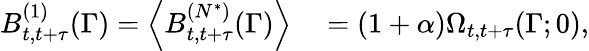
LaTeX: \begin{array}{rl}{B_{t,t+\tau}^{(1)}(\Gamma)=\left<B_{t,t+\tau}^{(N^{*})}(\Gamma)\right>}&{{}=(1+\alpha)\Omega_{t,t+\tau}(\Gamma;0),}\end{array}